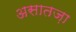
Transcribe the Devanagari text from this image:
असातज़ा